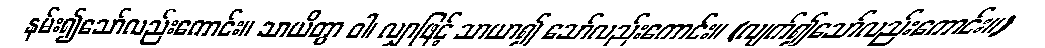
နမ်း၍သော်လည်းကောင်း။ သာယိတွာ ဝါ၊ လျှာဖြင့် သာယာ၍ သော်လည်းကောင်း။ (လျက်၍သော်လည်းကောင်း။)